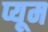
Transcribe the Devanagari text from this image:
प्यूम